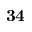
\mathbf { 3 4 }